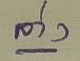
ล่าง